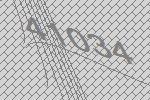
41034